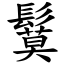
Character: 鬕